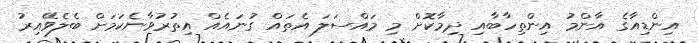
އިންޑިއާގެ އާންމު އިންތިހާބާއި ދިމާކޮށް މި މައްސަލަ އެތައް ގުނައެއް އިތުރުވާނެކަމަށް ބެލެވޭއިރު